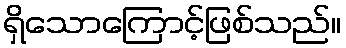
ရှိသောကြောင့်ဖြစ်သည်။